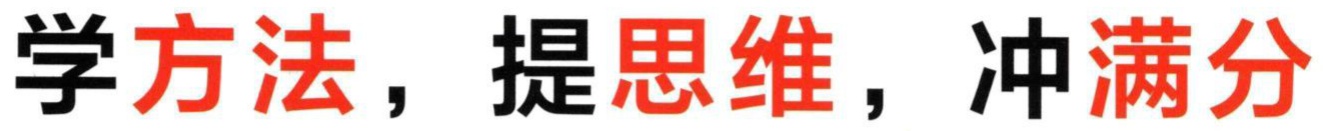
学方法，提思维，冲满分